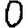
Digit: 0